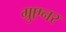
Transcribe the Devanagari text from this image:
ग्रुएनर